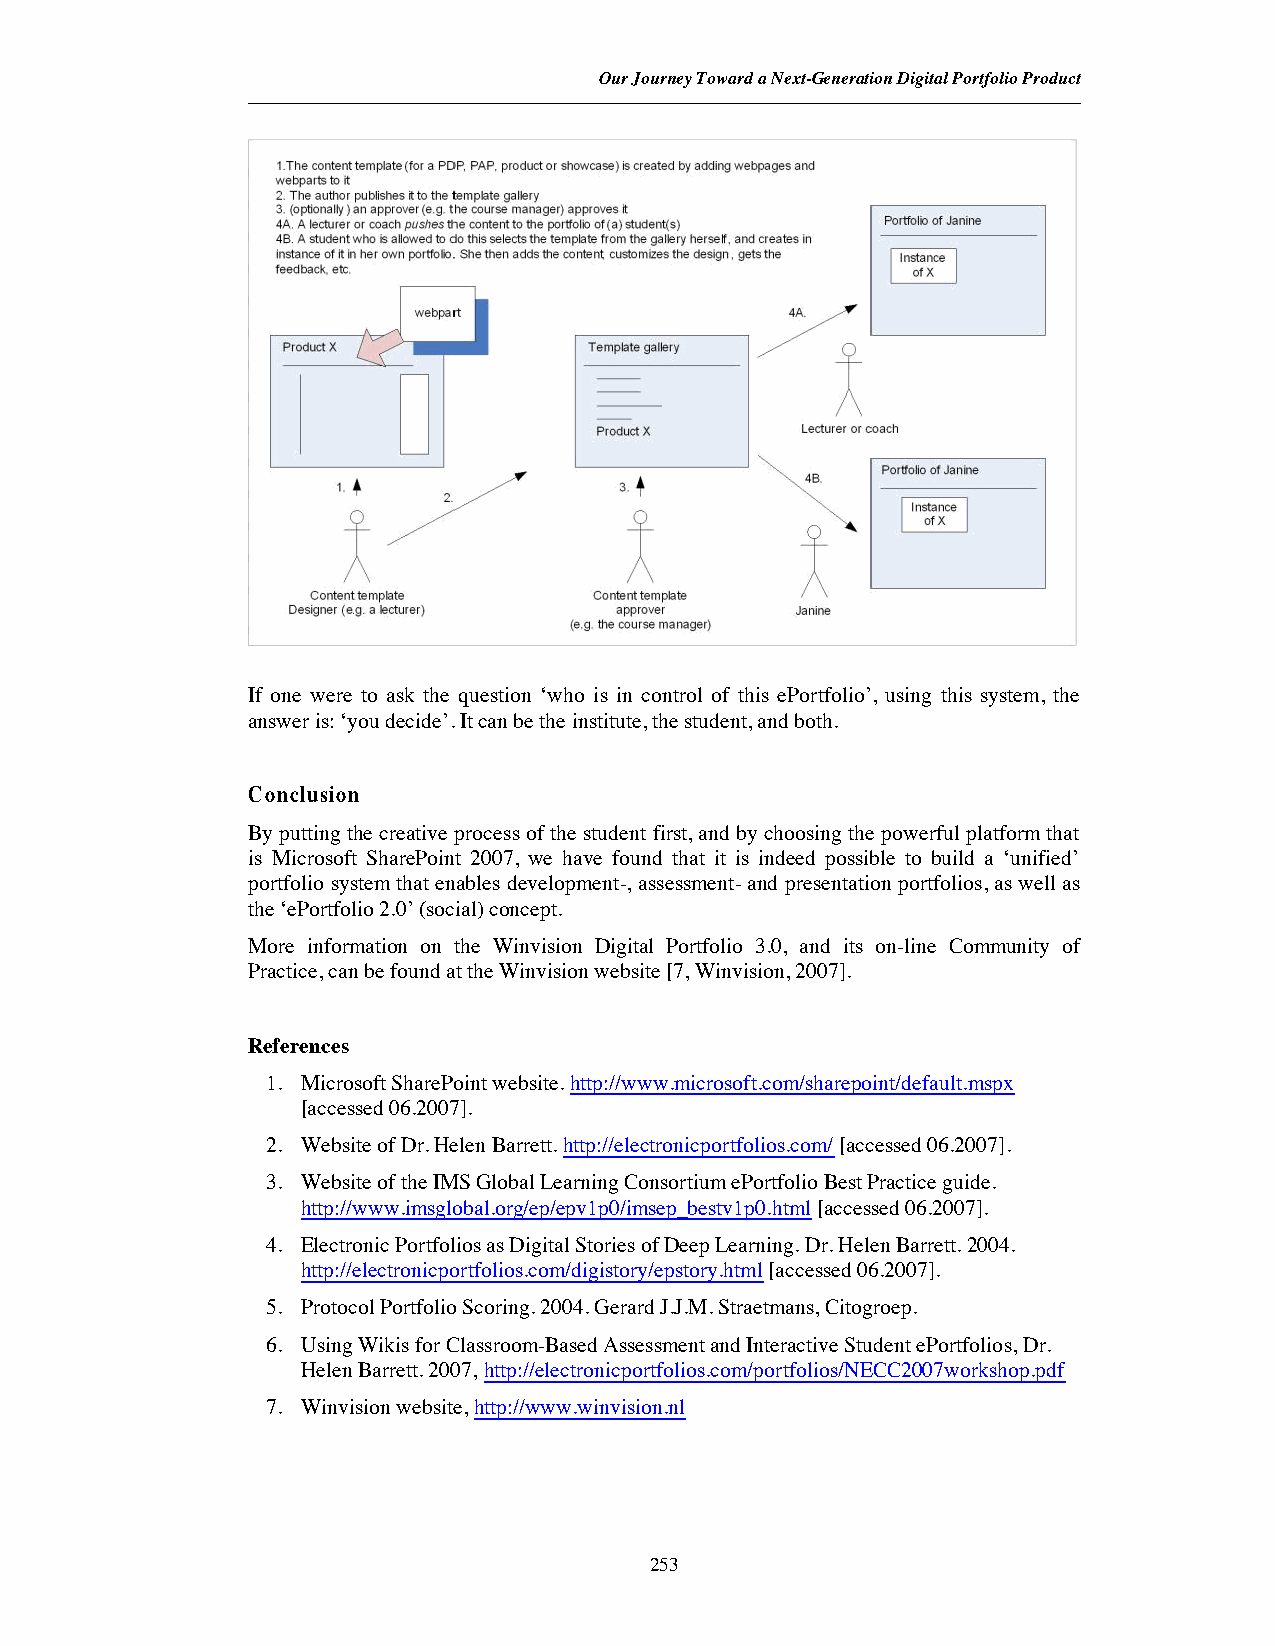
Our Journey Toward a Next-Generation Digital Portfolio Product
 1.The content template(for a PDP,PAP,product or showcase)is created by adding webpages and
 webparts to it
 2.The author publishes it to the template gallery
 3. (optionally)an approver(e.g.the course manager)approves it
 4A.A lecturer or coachpushesthe content to the portfolio of(a)student(s) Portfolio of Janine
 4B.A student who is allowed to do this selects the template from the gallery herself,and creates in
 instance of it in her own portfolio.She then adds the content,customizes the design,gets the Instance
 feedback,etc.                             of X
 webpart                 4A.
 Product X           Template gallery
 Product X    Lecturer or coach
 Portfolio of Janine
 4B.
 1.                 3.
 2.
 Instance
 of X
 Content template  Content template
 Designer(e.g.a lecturer) approver Janine
 (e.g.the course manager)
 If one were to ask the question ‘who is in control of this ePortfolio’, using this system, the
 answer is: ‘you decide’. It can be the institute, the student, and both.
 Conclusion
 By putting the creative process of the student first, and by choosing the powerful platform that
 is Microsoft SharePoint 2007, we have found that it is indeed possible to build a ‘unified’
 portfolio system that enables development-, assessment- and presentation portfolios, as well as
 the ‘ePortfolio 2.0’ (social) concept.
 More information on the Winvision Digital Portfolio 3.0, and its on-line Community of
 Practice, can be found at the Winvision website [7, Winvision, 2007].
 References
 1. Microsoft SharePoint website.http://www.microsoft.com/sharepoint/default.mspx
 [accessed 06.2007].
 2. Website of Dr. Helen Barrett.http://electronicportfolios.com/ [accessed 06.2007].
 3. Website of the IMS Global Learning Consortium ePortfolio Best Practice guide.
 http://www.imsglobal.org/ep/epv1p0/imsep_bestv1p0.html [accessed 06.2007].
 4. Electronic Portfolios as Digital Stories of Deep Learning. Dr. Helen Barrett.2004.
 http://electronicportfolios.com/digistory/epstory.html [accessed 06.2007].
 5. Protocol Portfolio Scoring. 2004. Gerard J.J.M. Straetmans, Citogroep.
 6. Using Wikis for Classroom-Based Assessment and Interactive Student ePortfolios, Dr.
 Helen Barrett. 2007,http://electronicportfolios.com/portfolios/NECC2007workshop.pdf
 7. Winvision website,http://www.winvision.nl
 253